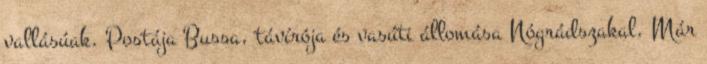
vallásúak. Postája Bussa, távírója és vasúti állomása Nógrádszakal. Már